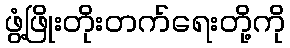
ဖွံ့ဖြိုးတိုးတက်ရေးတို့ကို